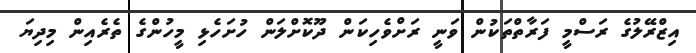
އިޒްރޭލުގެ ރަސްމީ ފަރާތްތަކުން ވަނީ ރަށްވެހިކަން ދޫކޮށްލަން ހުށަހެޅި މީހުންގެ ތެރެއިން މިދިޔަ